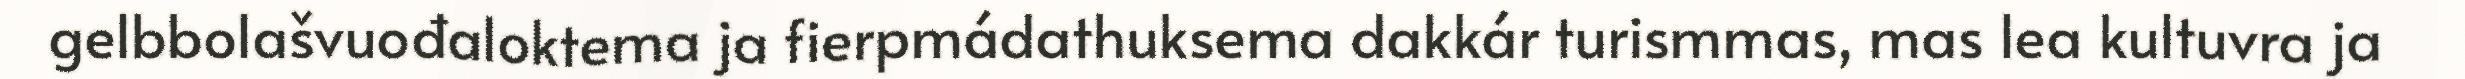
gelbbolašvuođaloktema ja fierpmádathuksema dakkár turismmas, mas lea kultuvra ja